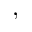
, ~